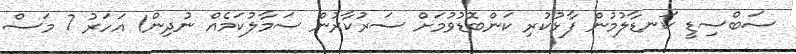
ސަބްސިޑީ ކަނޑާލުމުން ފާޅުކުރި ކަންބޮޑުވުމަށް ސަރުކާރުން ސަމާލުކަމެއް ނުދިން1 އަހަރު 7 މަސް